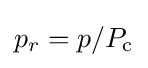
p_{r}=p/P_{\text{c}}